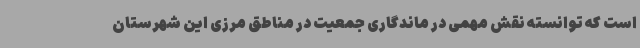
است که توانسته نقش مهمی در ماندگاری جمعیت در مناطق مرزی این شهرستان